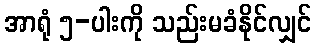
အာရုံ ၅-ပါးကို သည်းမခံနိုင်လျှင်